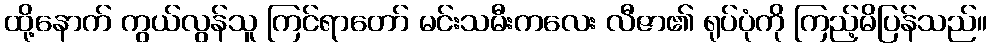
ထို့နောက် ကွယ်လွန်သူ ကြင်ရာတော် မင်းသမီးကလေး လီဇာ၏ ရုပ်ပုံကို ကြည့်မိပြန်သည်။